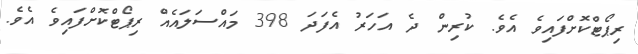
ރިޕޯޓްކޮށްފައިވެ އެވެ. ކުރިން ދެ އަހަރު އެފަދަ 398 މައްސަލައެއް ރިޕޯޓްކޮށްފައިވެ އެވެ.